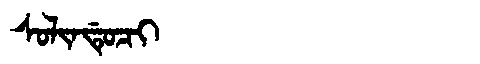
Manchu: ᠰᠣᠯᡳᠨᡩᡠᠴᡳ
Romanization: SOLINDUCI